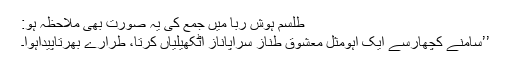
طلسمِ ہوش ربا میں جمع کی یہ صورت بھی ملاحظہ ہو:
’’سامنے کچھارسے ایک آہومثلِ معشوقِ طنّاز سراپاناز اٹکھیلیاں کرتا، طرارے بھرتاپیداہوا۔